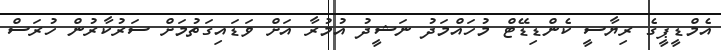
އެމްޑީޕީގެ ރިޔާސީ ކެންޑިޑޭޓް މުހައްމަދު ނަޝީދު އުމުރާ އަށް ވަޑައިގަތުމަށް ސަރުކާރުން ހުރަސް